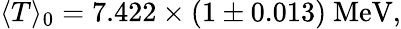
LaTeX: \langle T\rangle_{0}=7.422\times(1\pm 0.013)~\mathrm{MeV},